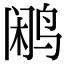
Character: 鹇